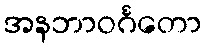
အနဘာဝင်္ဂတော